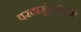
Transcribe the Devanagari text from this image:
वरदासुंदरीदेवी